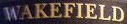
WAKEFIELD